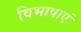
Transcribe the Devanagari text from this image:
विभाषाएं